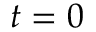
t = 0